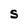
Character: S